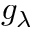
g _ { \lambda }